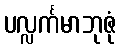
ပလ္လင်္ကမာဘုဇုံ